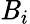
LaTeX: \mathit{B}_{i}